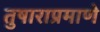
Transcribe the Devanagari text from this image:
तुषाराप्रमाणे